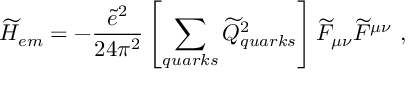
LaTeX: \widetilde { H } _ { e m } = - \frac { \widetilde { e } ^ { 2 } } { 2 4 \pi ^ { 2 } } \left[ \sum _ { q u a r k s } \widetilde { Q } _ { q u a r k s } ^ { 2 } \right] \widetilde { F } _ { \mu \nu } \widetilde { F } ^ { \mu \nu } \ ,